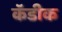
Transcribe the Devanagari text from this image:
कॅडीक